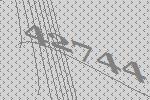
42744